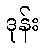
ဒုန်း